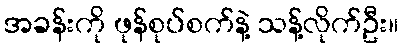
အခန်းကို ဖုန်စုပ်စက်နဲ့ သန့်လိုက်ဦး။